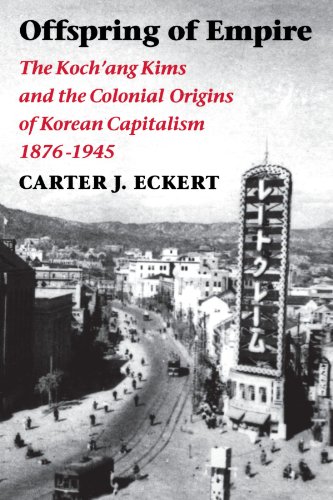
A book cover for Offspring of Empire: The Koch'ang Kims and the Colonial Origins of Korean Capitalism, 1876-1945 (Korean Studies of the Henry M. Jackson School of International Studies); Carter J. Eckert; History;